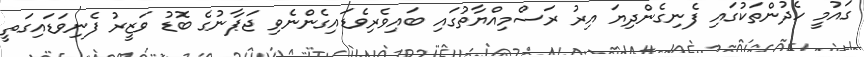
ގައުމީ ހެދުންތަކުގައި ފެނިގެންދިޔަ އިރު ރަސްމިއްޔާތުގައި ބައިވެރިވެޑައިގެންނެވި ޖަޕާނުގެ ބޮޑު ވަޒީރު ފެނިވަޑައިގަތީ